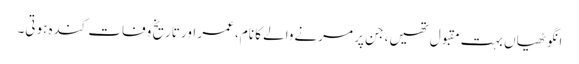
انگوٹھیاں بہت مقبول تھیں، جن پر مرنےوالے کا نام، عمر اور تاریخ وفات کندہ ہوتی۔